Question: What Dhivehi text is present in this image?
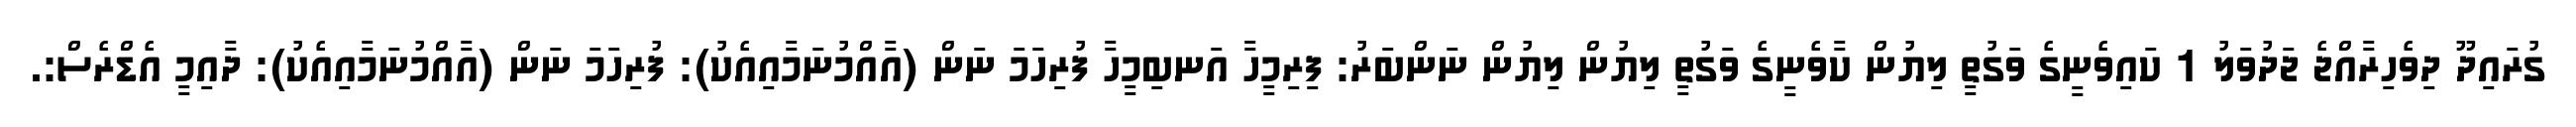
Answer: ގުރައިދޫ ދިވެހިރާއްޖެ ޖަދުވަލު 1 ކައިވެނީގެ ވަގުތީ ލިޔުން ކާވެނީގެ ވަގުތީ ލިޔުން ލިޔުން ނަންބަރު: ފިރިމީހާ އަނބިމީހާ ފުރިހަމަ ނަން (އާއްމުނަމާއިއެކު): ފުރިހަމަ ނަން (އާއްމުނަމާއިއެކު): ދާއިމީ އެޑްރެސް:.